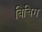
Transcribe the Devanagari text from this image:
बिचिग